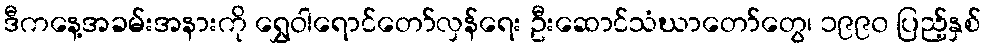
ဒီကနေ့အခမ်းအနားကို ရွှေဝါရောင်တော်လှန်ရေး ဦးဆောင်သံဃာတော်တွေ၊ ၁၉၉၀ ပြည့်နှစ်